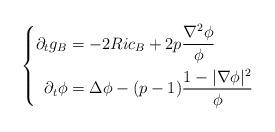
LaTeX: \begin{align*} \left\{ \begin{aligned} \partial_t g_B &= - 2 Ric_B + 2p \frac{ \nabla^2 \phi}{\phi} \\\partial_t \phi &= \Delta \phi - (p-1) \frac{ 1 - | \nabla \phi |^2}{\phi} \\\end{aligned} \right. \end{align*}